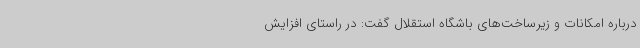
درباره امکانات و زیرساخت‌های باشگاه استقلال گفت: در راستای افزایش